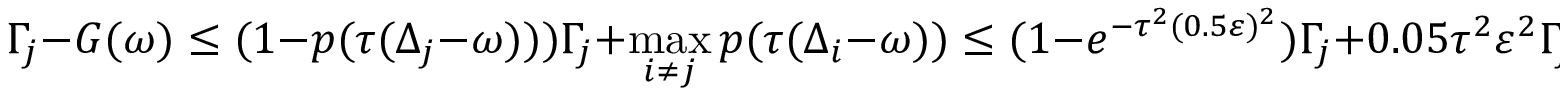
\Gamma _ { j } - G ( \omega ) \leq ( 1 - p ( \tau ( \Delta _ { j } - \omega ) ) ) \Gamma _ { j } + \operatorname* { m a x } _ { i \neq j } p ( \tau ( \Delta _ { i } - \omega ) ) \leq ( 1 - e ^ { - \tau ^ { 2 } ( 0 . 5 \varepsilon ) ^ { 2 } } ) \Gamma _ { j } + 0 . 0 5 \tau ^ { 2 } \varepsilon ^ { 2 } \Gamma _ { j } \leq 0 . 3 \tau ^ { 2 } \varepsilon ^ { 2 } \Gamma _ { j } .